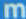
m